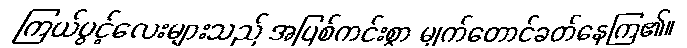
ကြယ်ပွင့်လေးများသည် အပြစ်ကင်းစွာ မျက်တောင်ခတ်နေကြ၏။